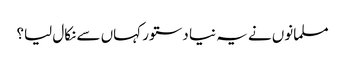
مسلمانوں نے یہ نیا دستور کہاں سے نکال لیا؟